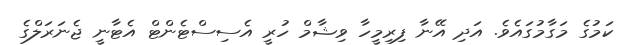
ކަމުގެ މަގާމުގައެވެ. އަދި އޭނާ ފިރިމީހާ ވިޝާމް ހުރީ އެސިސްޓެންޓް އެޓާނީ ޖެނަރަލްގެ